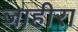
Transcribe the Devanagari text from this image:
जाहीरा